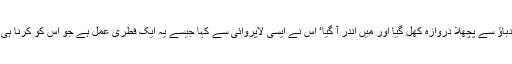
ہلکے سے دباؤ سے پچھلا دروازہ کھل گیا اور میں اندر آ گیا‘ اس نے ایسی لاپروائی سے کہا جیسے یہ ایک فطری عمل ہے جو اس کو کرنا ہی چاہئے تھا۔